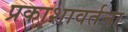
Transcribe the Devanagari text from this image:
प्रकाशावर्तना